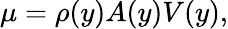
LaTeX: \mu=\rho(y)A(y)V(y),